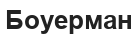
Боуерман